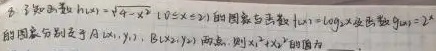
已知函数$h(x)=\sqrt {a - x^{2}}(0\leqslant x\leqslant 2)$的图象与函数$f(x)=\log _{2}x$及函数$g(x)=2^{x}$的图象分别交于$A(x_{1},y_{1})$，$B(x_{2},y_{2})$两点，则$x_{1}^{2}+x_{2}^{2}$的值为___。